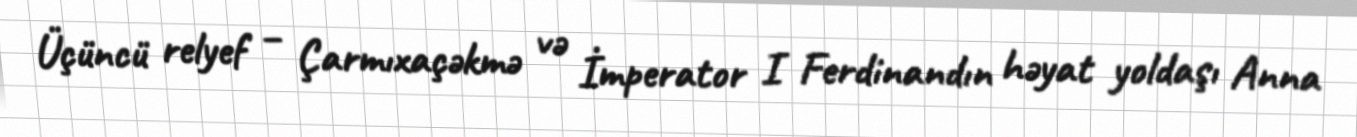
Üçüncü relyef – Çarmıxaçəkmə və İmperator I Ferdinandın həyat yoldaşı Anna